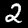
Label: 2